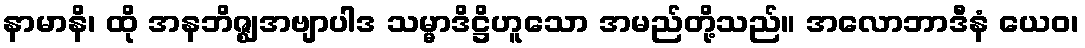
နာမာနိ၊ ထို အနဘိဇ္ဈအဗျာပါဒ သမ္မာဒိဋ္ဌိဟူသော အမည်တို့သည်။ အလောဘာဒီနံ ယေဝ၊